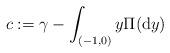
LaTeX: \begin{align*}c:=\gamma-\int_{(-1,0)} y\Pi(\mathrm{d}y) \end{align*}